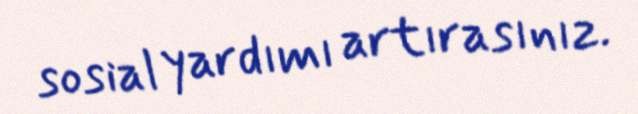
sosial yardımı artırasınız.